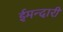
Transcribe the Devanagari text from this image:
ईमन्दारी